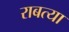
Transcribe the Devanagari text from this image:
राबत्या